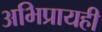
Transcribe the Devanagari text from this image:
अभिप्रायही